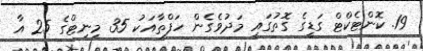
19. ކޮންޓެކްޓް ގަޑީގެ ގޮތުގައި މަދުވެގެން ހަފްތާއަކު 35 މިނިޓްގެ 25 އާ